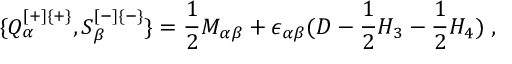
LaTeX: \{ Q _ { \alpha } ^ { [ + ] \{ + \} } , S _ { \beta } ^ { [ - ] \{ - \} } \} = { \frac { 1 } { 2 } } M _ { \alpha \beta } + \epsilon _ { \alpha \beta } ( D - { \frac { 1 } { 2 } } H _ { 3 } - { \frac { 1 } { 2 } } H _ { 4 } ) \; ,